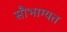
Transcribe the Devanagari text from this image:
सौभाग्यत